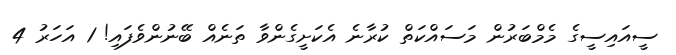
ސީއައިސީގެ މެމްބަރުން މަސައްކަތް ކުރާނެ އެކަށީގެންވާ ތަނެއް ބޭނުންވެފައި! 1 އަހަރު 4